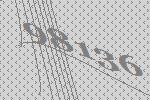
98136